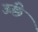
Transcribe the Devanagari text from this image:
ऊंछे